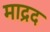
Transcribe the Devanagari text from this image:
माद्रद